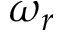
\omega _ { r }